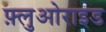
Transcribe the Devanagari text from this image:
फ़्लुओराइड